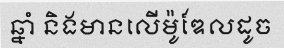
ឆ្នាំ និងមានលើម៉ូឌែលដូច